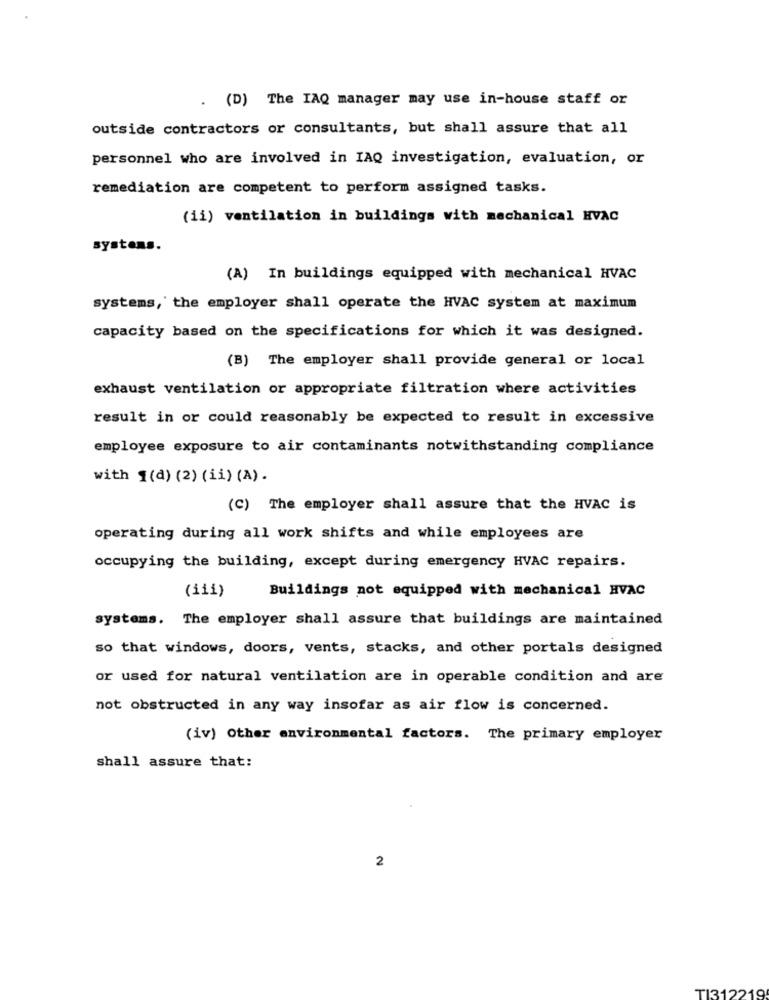
. (D) The IAQ manager may use in-house staff or
outside contractors or consultants, but shall assure that all
personnel who are involved in IAQ investigation, evaluation, or
remediation are competent to perform assigned tasks.
(ii) ventilation in buildings with mechanical HVAC
systems
(A) In buildings equipped with mechanical HVAC
systems,' the employer shall operate the HVAC system at maximum
capacity based on the specifications for which it was designed.
(B) The employer shall provide general or local
exhaust ventilation or appropriate filtration where activities
result in or could reasonably be expected to result in excessive
employee exposure to air contaminants notwithstanding compliance
with 1(d) (2) (ii) (A) .
(C) The employer shall assure that the HVAC is
operating during all work shifts and while employees are
occupying the building, except during emergency HVAC repairs.
(iii)
Buildings not equipped with mechanical HVAC
systems. The employer shall assure that buildings are maintained
so that windows, doors, vents, stacks, and other portals designed
or used for natural ventilation are in operable condition and are
not obstructed in any way insofar as air flow is concerned.
(iv) Other environmental factors. The primary employer
shall assure that:
2
T1312219